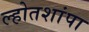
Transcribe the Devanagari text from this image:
ल्होतशांपा